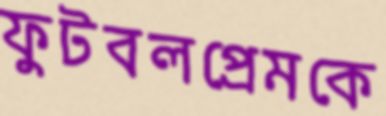
ফুটবলপ্রেমকে